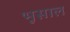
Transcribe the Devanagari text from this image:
भूसाल